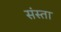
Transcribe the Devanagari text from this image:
संस्ता